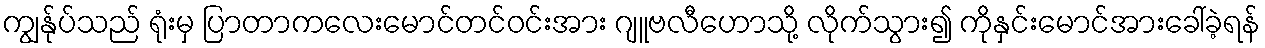
ကျွန်ုပ်သည် ရုံးမှ ပြာတာကလေးမောင်တင်ဝင်းအား ဂျူဗလီဟောသို့ လိုက်သွား၍ ကိုနှင်းမောင်အားခေါ်ခဲ့ရန်